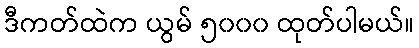
ဒီကတ်ထဲက ယွမ် ၅၀၀၀ ထုတ်ပါမယ်။